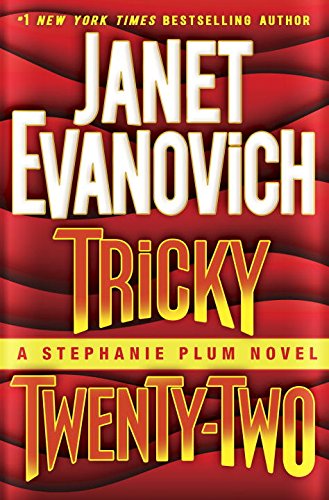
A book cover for Tricky Twenty-Two: A Stephanie Plum Novel; Janet Evanovich; Mystery, Thriller & Suspense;